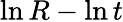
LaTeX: \ln{R}-\ln{t}